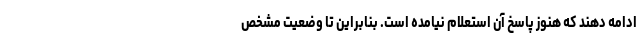
ادامه دهند که هنوز پاسخ آن استعلام نیامده است. بنابراین تا وضعیت مشخص